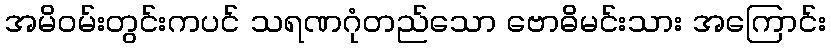
အမိဝမ်းတွင်းကပင် သရဏဂုံတည်သော ဗောဓိမင်းသား အကြောင်း